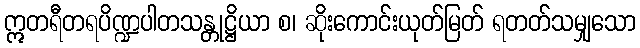
ဣတရီတရပိဏ္ဍပါတသန္တုဋ္ဌိယာ စ၊ ဆိုးကောင်းယုတ်မြတ် ရတတ်သမျှသော